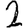
Digit: 2